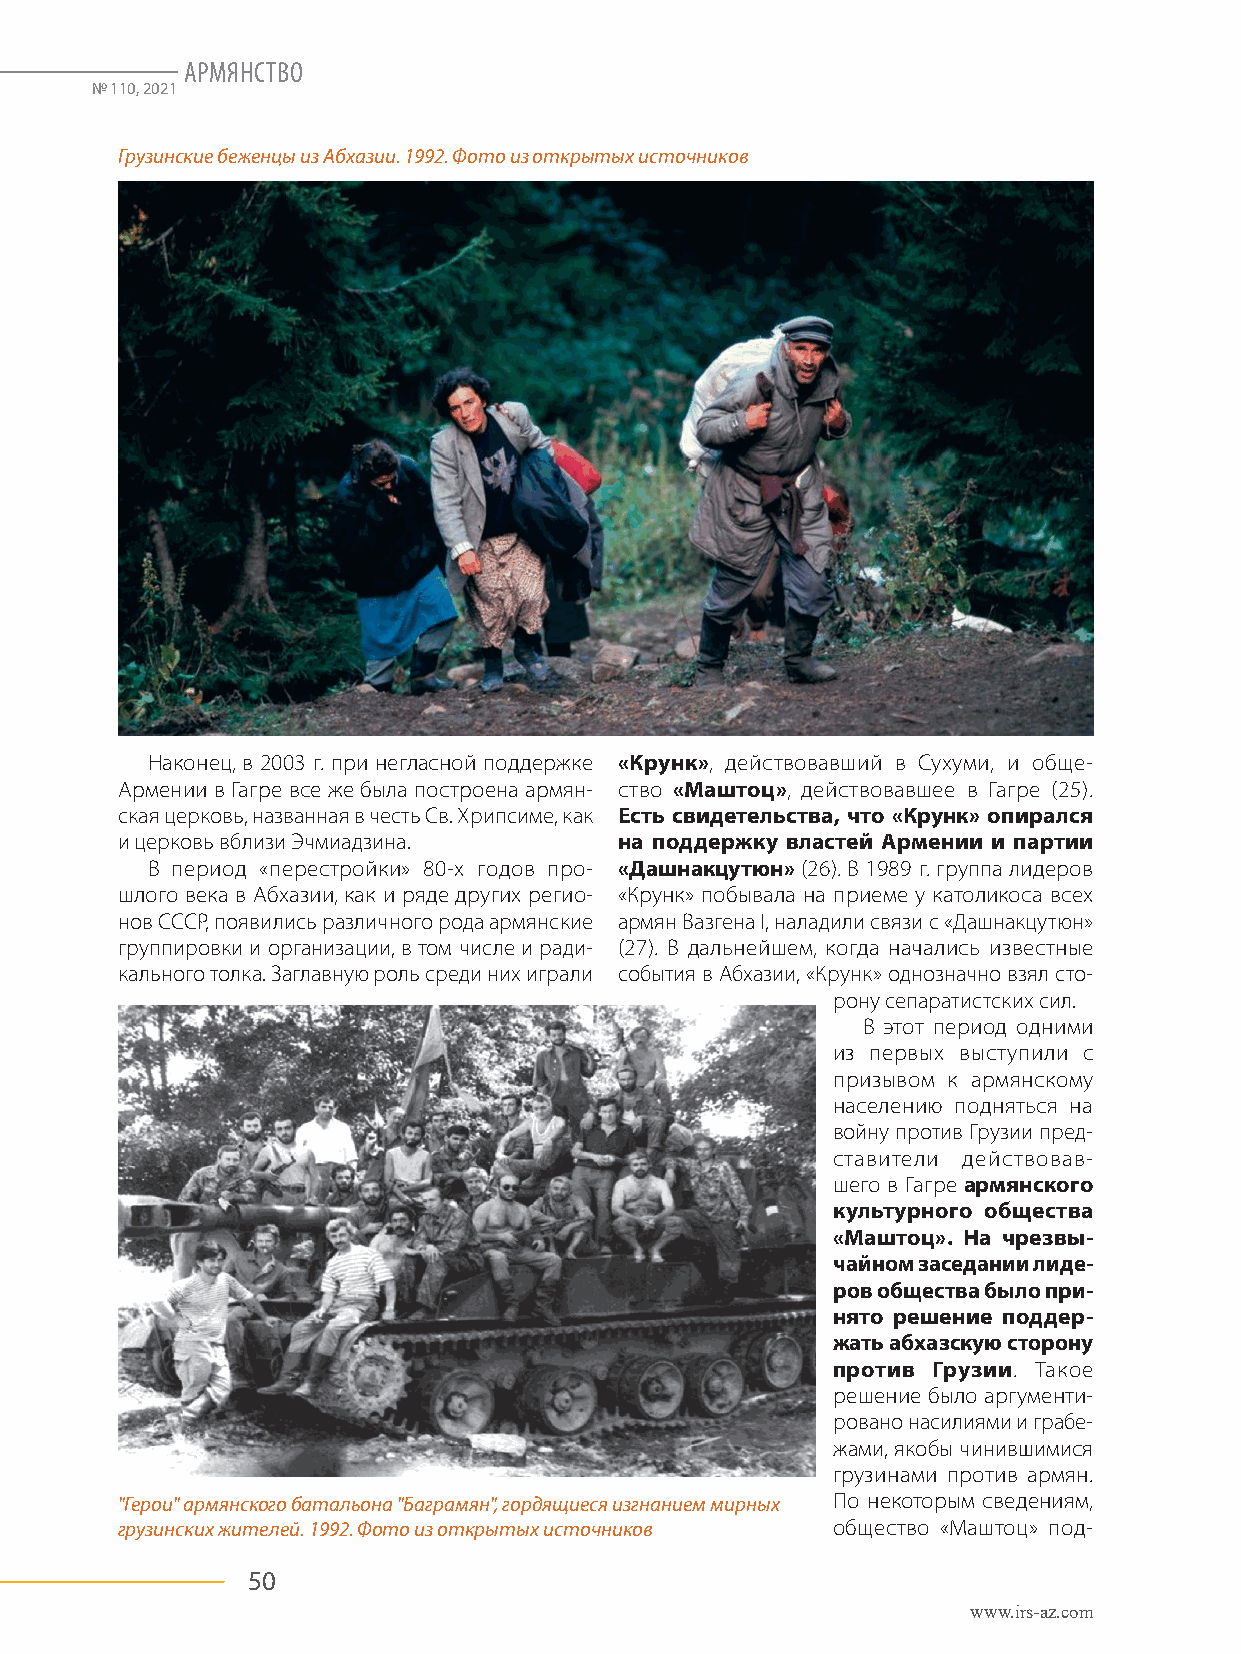
АРМЯНСТВО
 №№ 111100,, 22002211
 Грузинские беженцы из Абхазии. 1992. Фото из открытых источников
 Наконец, в 2003 г. при негласной поддержке «Крунк», действовавший в Сухуми, и обще-
 Армении в Гагре все же была построена армян- ство «Маштоц», действовавшее в Гагре (25).
 ская церковь, названная в честь Св. Хрипсиме, как Есть свидетельства, что «Крунк» опирался
 и церковь вблизи Эчмиадзина.     на поддержку властей Армении и партии
 В период «перестройки» 80-х годов про- «Дашнакцутюн» (26). В 1989 г. группа лидеров
 шлого века в Абхазии, как и ряде других регио- «Крунк» побывала на приеме у католикоса всех
 нов СССР, появились различного рода армянские армян Вазгена I, наладили связи с «Дашнакцутюн»
 группировки и организации, в том числе и ради- (27). В дальнейшем, когда начались известные
 кального толка. Заглавную роль среди них играли события в Абхазии, «Крунк» однозначно взял сто-
 рону сепаратистских сил.
 В этот период одними
 из первых выступили с
 призывом к армянскому
 населению подняться на
 войну против Грузии пред-
 ставители действовав-
 шего в Гагре армянского
 культурного общества
 «Маштоц». На чрезвы-
 чайном заседании лиде-
 ров общества было при-
 нято решение поддер-
 жать абхазскую сторону
 против Грузии. Такое
 решение было аргументи-
 ровано насилиями и грабе-
 жами, якобы чинившимися
 грузинами против армян.
 "Герои" армянского батальона "Баграмян", гордящиеся изгнанием мирных По некоторым сведениям,
 грузинских жителей. 1992. Фото из открытых источников общество «Маштоц» под-
 50
 www.irs-az.com